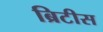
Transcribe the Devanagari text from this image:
ब्रिटीस